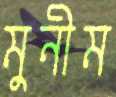
মুনীম